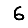
Digit: 6